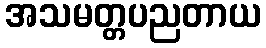
အသမတ္တပညတာယ